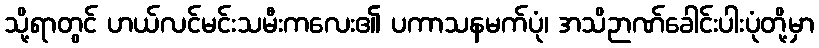
သို့ရာတွင် ဟယ်လင်မင်းသမီးကလေး၏ ပကာသနမက်ပုံ၊ အသိဉာဏ်ခေါင်းပါးပုံတို့မှာ